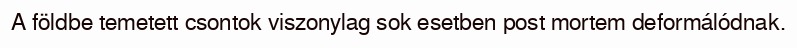
A földbe temetett csontok viszonylag sok esetben post mortem deformálódnak.